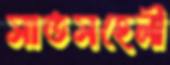
সাতসহেলী